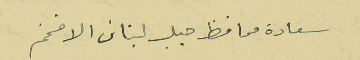
سعادة محافظ جبل لبنان الافخم